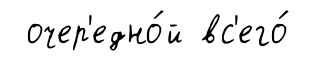
очер'едно́й вс'его́